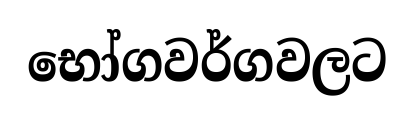
භෝගවර්ගවලට